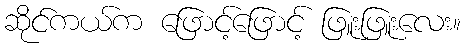
ဆိုင်ကယ်က ဖြောင့်ဖြောင့် ဖြူးဖြူးလေး။